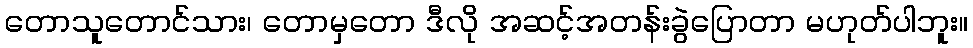
တောသူတောင်သား၊ တောမှတော ဒီလို အဆင့်အတန်းခွဲပြောတာ မဟုတ်ပါဘူး။